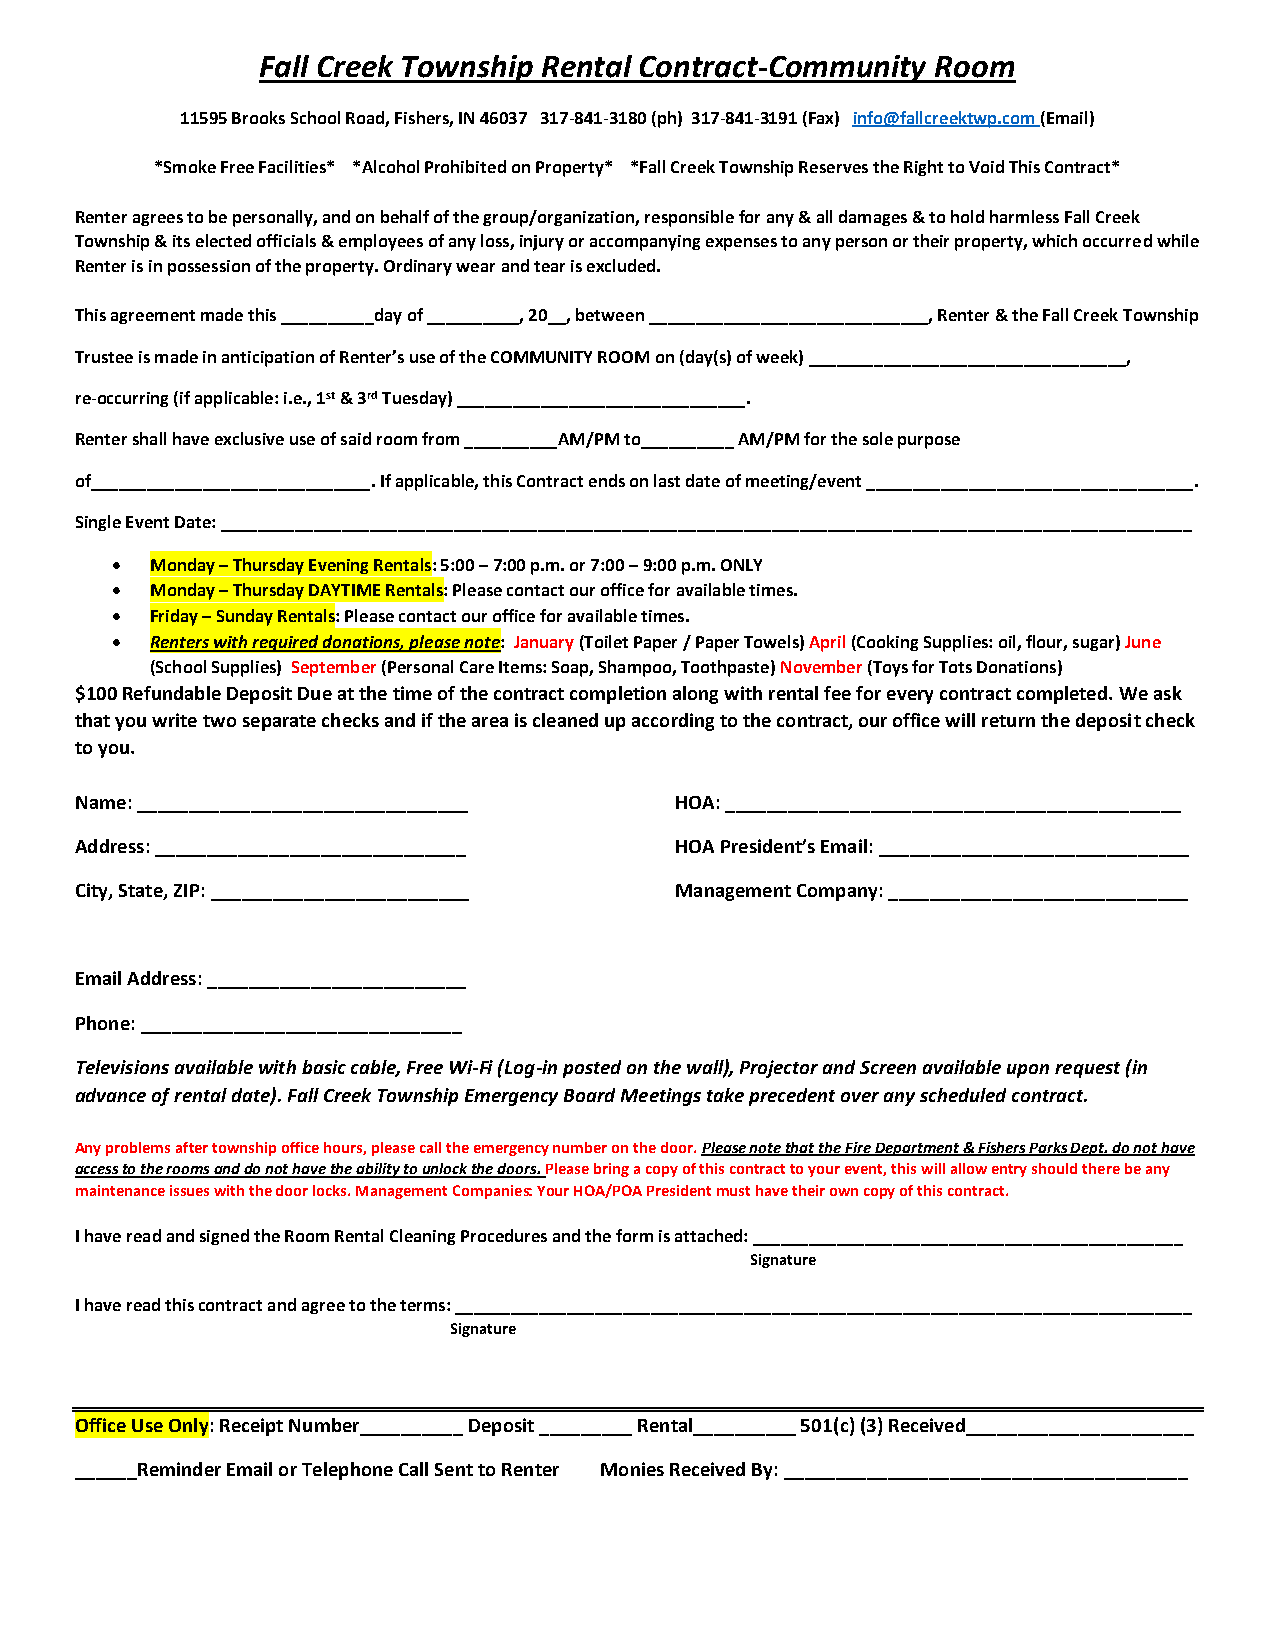
Fall Creek Township Rental Contract-Community Room
 11595 Brooks School Road, Fishers, IN 46037 317-841-3180 (ph) 317-841-3191 (Fax) info@fallcreektwp.com (Email)
 *Smoke Free Facilities* *Alcohol Prohibited on Property* *Fall Creek Township Reserves the Right to Void This Contract*
 Renter agrees to be personally, and on behalf of the group/organization, responsible for any & all damages & to hold harmless Fall Creek
 Township & its elected officials & employees of any loss, injury or accompanying expenses to any person or their property, which occurred while
 Renter is in possession of the property. Ordinary wear and tear is excluded.
 This agreement made this __________day of __________, 20__, between ______________________________, Renter & the Fall Creek Township
 Trustee is made in anticipation of Renter’s use of the COMMUNITY ROOM on (day(s) of week) __________________________________,
 re-occurring (if applicable: i.e., 1st & 3rd Tuesday) _______________________________.
 Renter shall have exclusive use of said room from __________AM/PM to__________ AM/PM for the sole purpose
 of______________________________. If applicable, this Contract ends on last date of meeting/event ___________________________________.
 Single Event Date: ________________________________________________________________________________________________________
 •  Monday – Thursday Evening Rentals: 5:00 – 7:00 p.m. or 7:00 – 9:00 p.m. ONLY
 •  Monday – Thursday DAYTIME Rentals: Please contact our office for available times.
 •  Friday – Sunday Rentals: Please contact our office for available times.
 •  Renters with required donations, please note: January (Toilet Paper / Paper Towels) April (Cooking Supplies: oil, flour, sugar) June
 (School Supplies) September (Personal Care Items: Soap, Shampoo, Toothpaste) November (Toys for Tots Donations)
 $100 Refundable Deposit Due at the time of the contract completion along with rental fee for every contract completed. We ask
 that you write two separate checks and if the area is cleaned up according to the contract, our office will return the deposit check
 to you.
 Name: ________________________________  HOA: ____________________________________________
 Address: ______________________________ HOA President’s Email: ______________________________
 City, State, ZIP: _________________________ Management Company: _____________________________
 Email Address: _________________________
 Phone: _______________________________
 Televisions available with basic cable, Free Wi-Fi (Log-in posted on the wall), Projector and Screen available upon request (in
 advance of rental date). Fall Creek Township Emergency Board Meetings take precedent over any scheduled contract.
 Any problems after township office hours, please call the emergency number on the door. Please note that the Fire Department & Fishers Parks Dept. do not have
 access to the rooms and do not have the ability to unlock the doors. Please bring a copy of this contract to your event, this will allow entry should there be any
 maintenance issues with the door locks. Management Companies: Your HOA/POA President must have their own copy of this contract.
 I have read and signed the Room Rental Cleaning Procedures and the form is attached: ______________________________________________
 Signature
 I have read this contract and agree to the terms: _______________________________________________________________________________
 Signature
 Office Use Only: Receipt Number__________ Deposit _________ Rental__________ 501(c) (3) Received______________________
 ______Reminder Email or Telephone Call Sent to Renter Monies Received By: _______________________________________